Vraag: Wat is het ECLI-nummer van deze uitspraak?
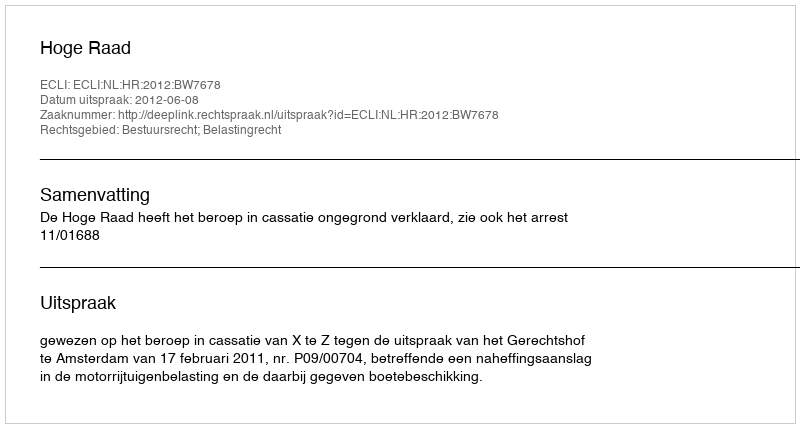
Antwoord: ECLI:NL:HR:2012:BW7678